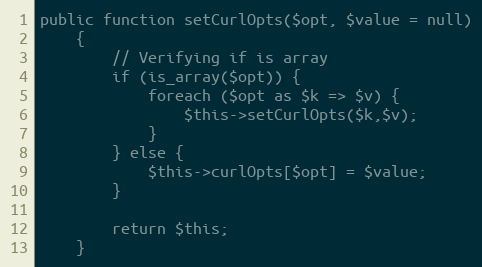
Language: PHP
public function setCurlOpts($opt, $value = null)
	{
		// Verifying if is array
		if (is_array($opt)) {
			foreach ($opt as $k => $v) {
				$this->setCurlOpts($k,$v);
			}
		} else {
			$this->curlOpts[$opt] = $value;
		}

		return $this;
	}